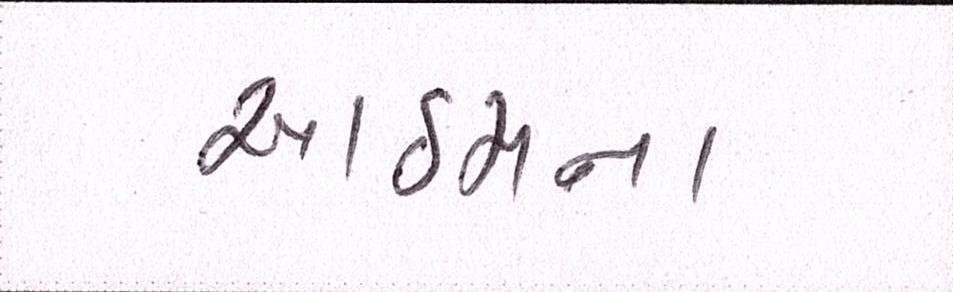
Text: આઠમના